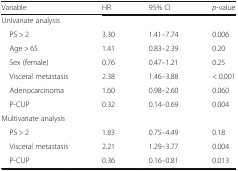
<table><thead><tr><td><b>Variable</b></td><td><b>HR</b></td><td><b>95% CI</b></td><td><b><i>p</i>-value</b></td></tr></thead><tbody><tr><td colspan="4">Univariate analysis</td></tr><tr><td> PS &gt; 2</td><td>3.30</td><td>1.41–7.74</td><td>0.006</td></tr><tr><td> Age &gt; 65</td><td>1.41</td><td>0.83–2.39</td><td>0.20</td></tr><tr><td> Sex (female)</td><td>0.76</td><td>0.47–1.21</td><td>0.25</td></tr><tr><td> Visceral metastasis</td><td>2.38</td><td>1.46–3.88</td><td>&lt; 0.001</td></tr><tr><td> Adenocarcinoma</td><td>1.60</td><td>0.98–2.60</td><td>0.060</td></tr><tr><td> P-CUP</td><td>0.32</td><td>0.14–0.69</td><td>0.004</td></tr><tr><td colspan="4">Multivariate analysis</td></tr><tr><td> PS &gt; 2</td><td>1.83</td><td>0.75–4.49</td><td>0.18</td></tr><tr><td> Visceral metastasis</td><td>2.21</td><td>1.29–3.77</td><td>0.004</td></tr><tr><td> P-CUP</td><td>0.36</td><td>0.16–0.81</td><td>0.013</td></tr></tbody></table>